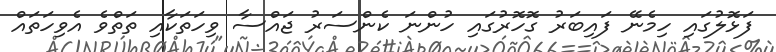
ފަޅޮލުގައި ހިމެނޭ ފައިބަރު ގޮހޮރުގައި ހުންނަ ކެންސަރު ޖައްސާ ވިހަތަކާއި ތަތްވެ އެވިހަތައް